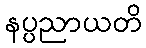
နပ္ပညာယတိ